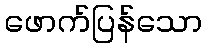
ဖောက်ပြန်သော